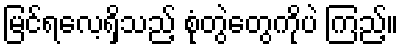
မြင်ရလေ့ရှိသည့် စုံတွဲတွေကိုပဲ ကြည့်။